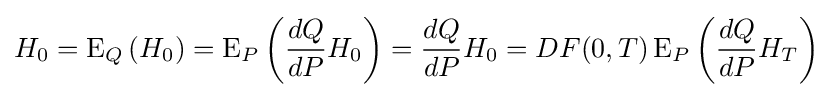
H_{0}=\operatorname {E} _{Q}\left(H_{0}\right)=\operatorname {E} _{P}\left({\frac {dQ}{dP}}H_{0}\right)={\frac {dQ}{dP}}H_{0}=DF(0,T)\operatorname {E} _{P}\left({\frac {dQ}{dP}}H_{T}\right)